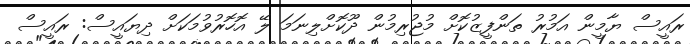
ރައީސް ޔާމީން އަމުރު ތަންފީޒުކޮށް މުޖުރިމުން ދޫކޮށްލިނަމަ ލޭ އޮހޮރުވުމަކަށް ދިޔައީސް: ރައީސް